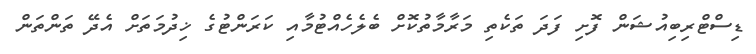
ޑިސްޓްރިބިއުޝަން ފޮށި ފަދަ ތަކެތި މަރާމާތުކޮށް ބެލެހެއްޓުމާއި ކަރަންޓުގެ ޚިދުމަތަށް އެދޭ ތަންތަން